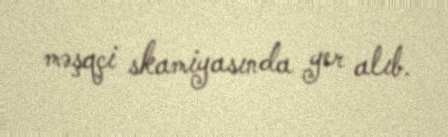
məşqçi skamiyasında yer alıb.